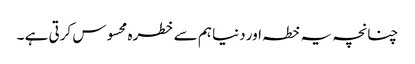
چنانچہ یہ خطہ اور دنیا ہم سے خطرہ محسوس کرتی ہے ۔